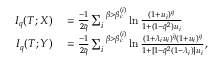
\begin{array} { r l } { I _ { q } ( T ; X ) } & { { } = \frac { - 1 } { 2 \bar { q } } \sum _ { i } ^ { \; \; \beta > \beta _ { c } ^ { ( i ) } } \ln \frac { ( 1 + u _ { i } ) ^ { q } } { 1 + ( 1 - \bar { q } ^ { 2 } ) u _ { i } } } \\ { I _ { q } ( T ; Y ) } & { { } = \frac { - 1 } { 2 \bar { q } } \sum _ { i } ^ { \; \; \beta > \beta _ { c } ^ { ( i ) } } \ln \frac { ( 1 + \lambda _ { i } u _ { i } ) ^ { \bar { q } } ( 1 + u _ { i } ) ^ { q } } { 1 + [ 1 - \bar { q } ^ { 2 } ( 1 - \lambda _ { i } ) ] u _ { i } } , } \end{array}